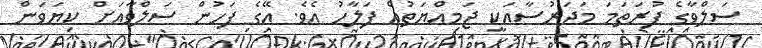
ސަލްވާގެ ފުރަތަމަ މަދަރުސާއަކީ ޖަމިއްޔަތުއް ފަލާހު އެވެ. އޭގެ ފަހުން ސަލްވާއަށް ކިޔަވަން